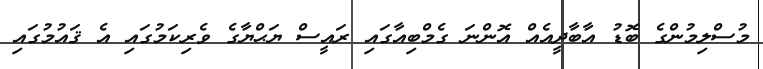
މުސްލިމުންގެ ބޮޑު އާބާދީއެއް އޮންނަ ގެމްބިއާގައި ރައީސް ޔަޙްޔާގެ ވެރިކަމުގައި އެ ޤައުމުގައި